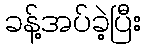
ခန့်အပ်ခဲ့ပြီး